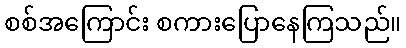
စစ်အကြောင်း စကားပြောနေကြသည်။